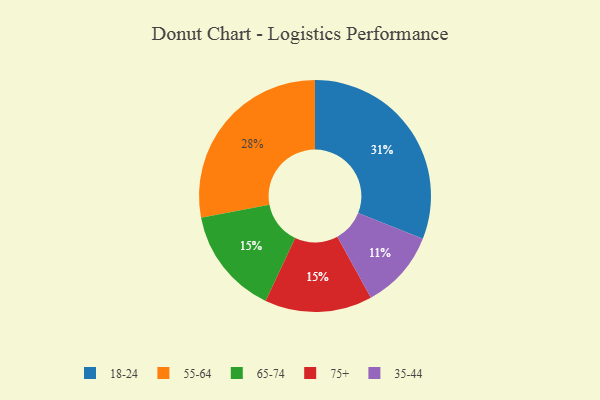
{"axis": {"x": "Category", "y": "Percentage"}, "legend": ["18-24", "35-44", "55-64", "65-74", "75+"], "data": [{"x": "18-24", "y": 31, "type": "18-24"}, {"x": "35-44", "y": 11, "type": "35-44"}, {"x": "55-64", "y": 28, "type": "55-64"}, {"x": "65-74", "y": 15, "type": "65-74"}, {"x": "75+", "y": 15, "type": "75+"}]}